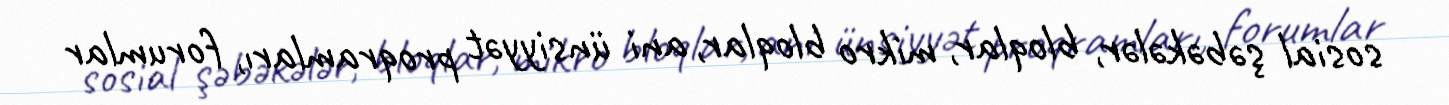
sosial şəbəkələr, bloqlar, mikro bloqlar, ani ünsiyyət proqramları, forumlar